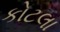
કોટલા